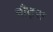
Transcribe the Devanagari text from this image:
बौट्स